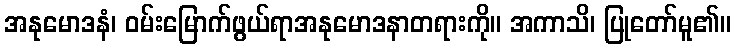
အနုမောဒနံ၊ ဝမ်းမြောက်ဖွယ်ရာအနုမောဒနာတရားကို။ အကာသိ၊ ပြုတော်မူ၏။